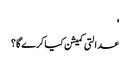
'
عدالتی کمیشن کیا کرے گا؟